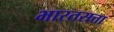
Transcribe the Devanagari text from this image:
भारतसत्ता